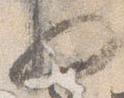
将